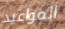
المواعيد